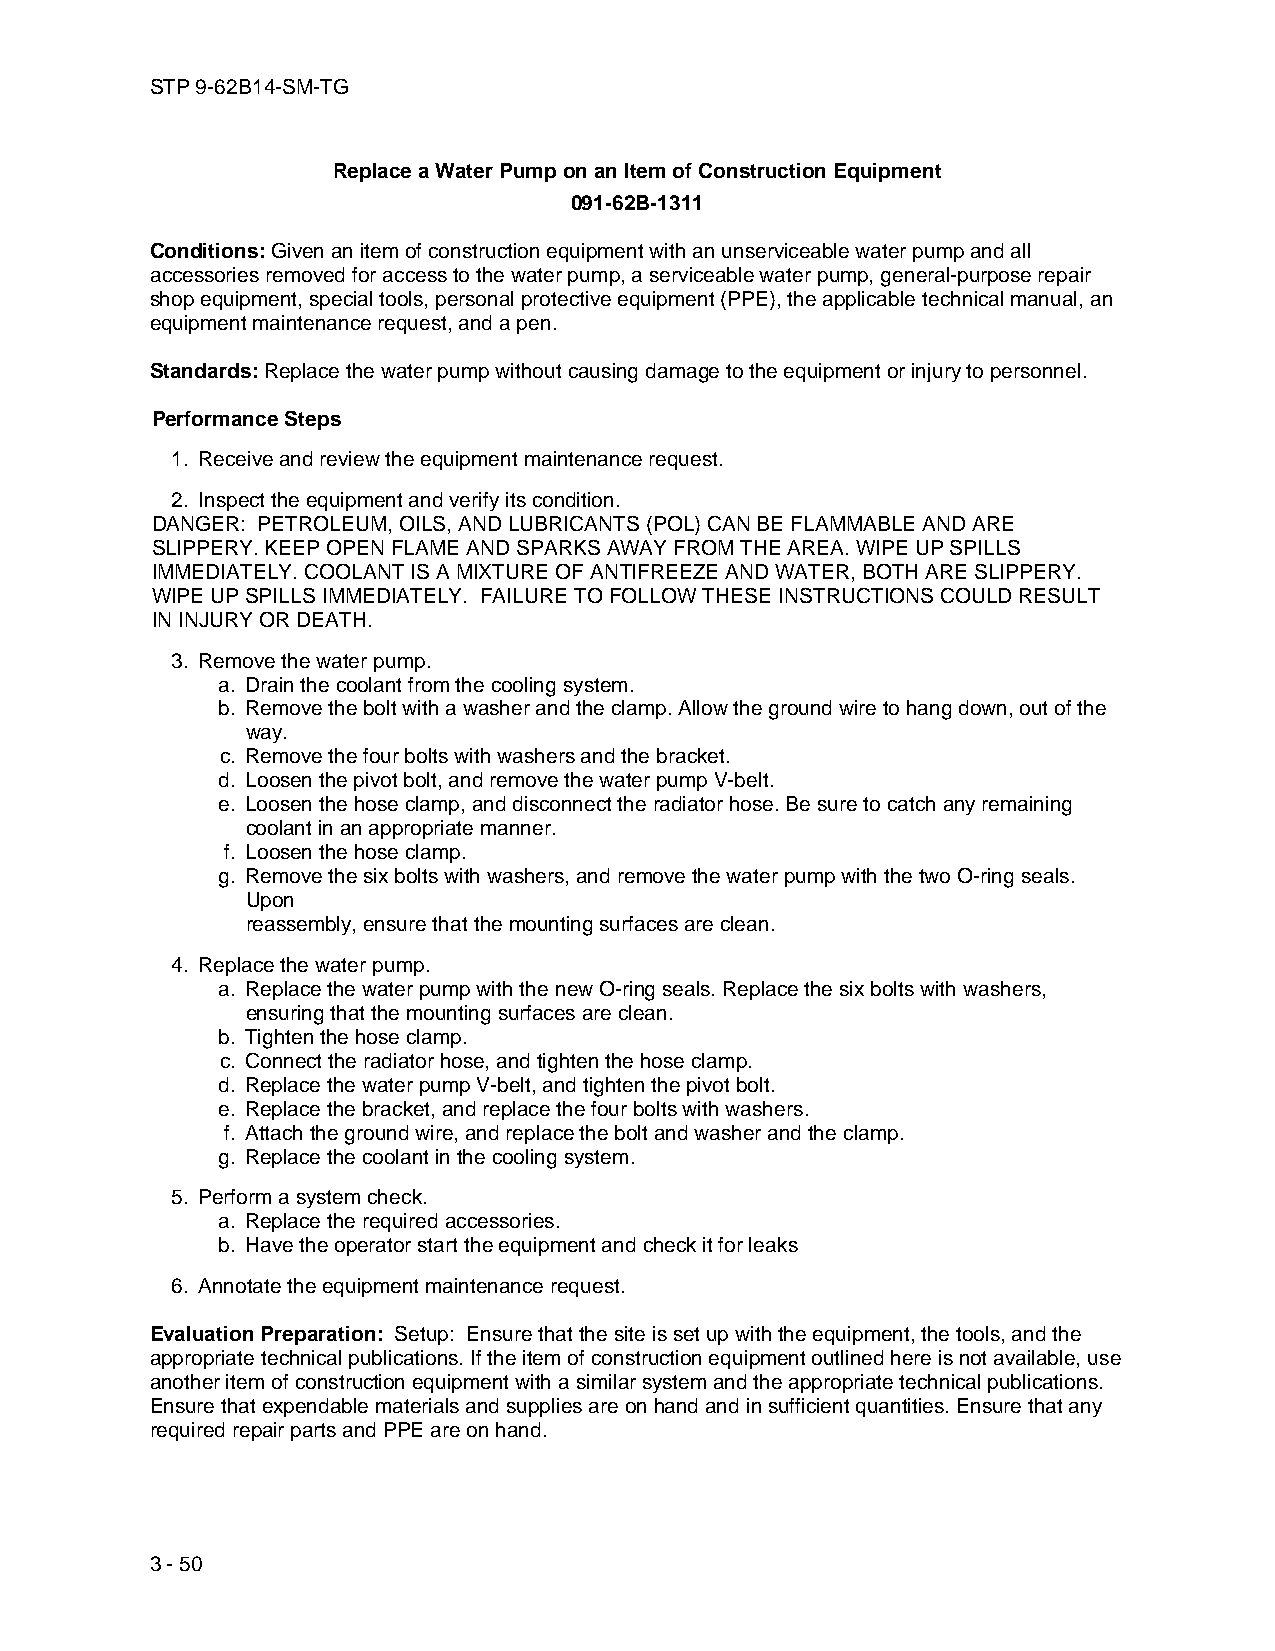
STP 9-62B14-SM-TG
 Replace a Water Pump on an Item of Construction Equipment
 091-62B-1311
 Conditions: Given an item of construction equipment with an unserviceable water pump and all
 accessories removed for access to the water pump, a serviceable water pump, general-purpose repair
 shop equipment, special tools, personal protective equipment (PPE), the applicable technical manual, an
 equipment maintenance request, and a pen.
 Standards: Replace the water pump without causing damage to the equipment or injury to personnel.
 Performance Steps
 1. Receive and review the equipment maintenance request.
 2. Inspect the equipment and verify its condition.
 DANGER: PETROLEUM, OILS, AND LUBRICANTS (POL) CAN BE FLAMMABLE AND ARE
 SLIPPERY. KEEP OPEN FLAME AND SPARKS AWAY FROM THE AREA. WIPE UP SPILLS
 IMMEDIATELY. COOLANT IS A MIXTURE OF ANTIFREEZE AND WATER, BOTH ARE SLIPPERY.
 WIPE UP SPILLS IMMEDIATELY. FAILURE TO FOLLOW THESE INSTRUCTIONS COULD RESULT
 IN INJURY OR DEATH.
 3. Remove the water pump.
 a. Drain the coolant from the cooling system.
 b. Remove the bolt with a washer and the clamp. Allow the ground wire to hang down, out of the
 way.
 c. Remove the four bolts with washers and the bracket.
 d. Loosen the pivot bolt, and remove the water pump V-belt.
 e. Loosen the hose clamp, and disconnect the radiator hose. Be sure to catch any remaining
 coolant in an appropriate manner.
 f. Loosen the hose clamp.
 g. Remove the six bolts with washers, and remove the water pump with the two O-ring seals.
 Upon
 reassembly, ensure that the mounting surfaces are clean.
 4. Replace the water pump.
 a. Replace the water pump with the new O-ring seals. Replace the six bolts with washers,
 ensuring that the mounting surfaces are clean.
 b. Tighten the hose clamp.
 c. Connect the radiator hose, and tighten the hose clamp.
 d. Replace the water pump V-belt, and tighten the pivot bolt.
 e. Replace the bracket, and replace the four bolts with washers.
 f. Attach the ground wire, and replace the bolt and washer and the clamp.
 g. Replace the coolant in the cooling system.
 5. Perform a system check.
 a. Replace the required accessories.
 b. Have the operator start the equipment and check it for leaks
 6. Annotate the equipment maintenance request.
 Evaluation Preparation: Setup: Ensure that the site is set up with the equipment, the tools, and the
 appropriate technical publications. If the item of construction equipment outlined here is not available, use
 another item of construction equipment with a similar system and the appropriate technical publications.
 Ensure that expendable materials and supplies are on hand and in sufficient quantities. Ensure that any
 required repair parts and PPE are on hand.
 3 - 50